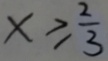
x \geqslant \frac { 2 } { 3 }